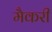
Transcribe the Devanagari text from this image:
मैकरी